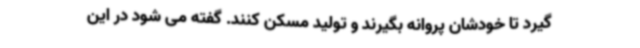
گیرد تا خودشان پروانه بگیرند و تولید مسکن کنند. گفته می شود در این